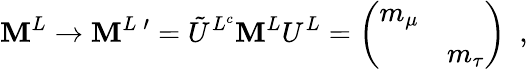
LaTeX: \mathbf{M}^{L}\rightarrow\mathbf{M}^{L}\, ^{\prime}=\tilde{{U}}^{L^{c}}\mathbf{M}^{L}U^{L}=\left(\begin{array}{cc}{{m_{\mu}}}&{{}}\\ {{}}&{{m_{\tau}}}\end{array}\right)\ \ ,